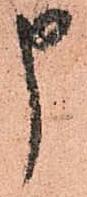
申